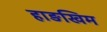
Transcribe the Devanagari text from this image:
हाङखिम